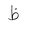
Letter: _za